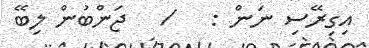
އިގިރޭސި ނަން :   /   ޖަންބުން ލިބޭ